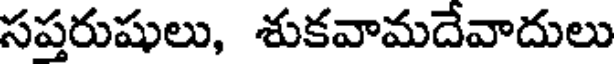
సప్తరుషులు, శుకవామదేవాదులు